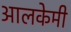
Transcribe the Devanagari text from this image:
आलकेमी